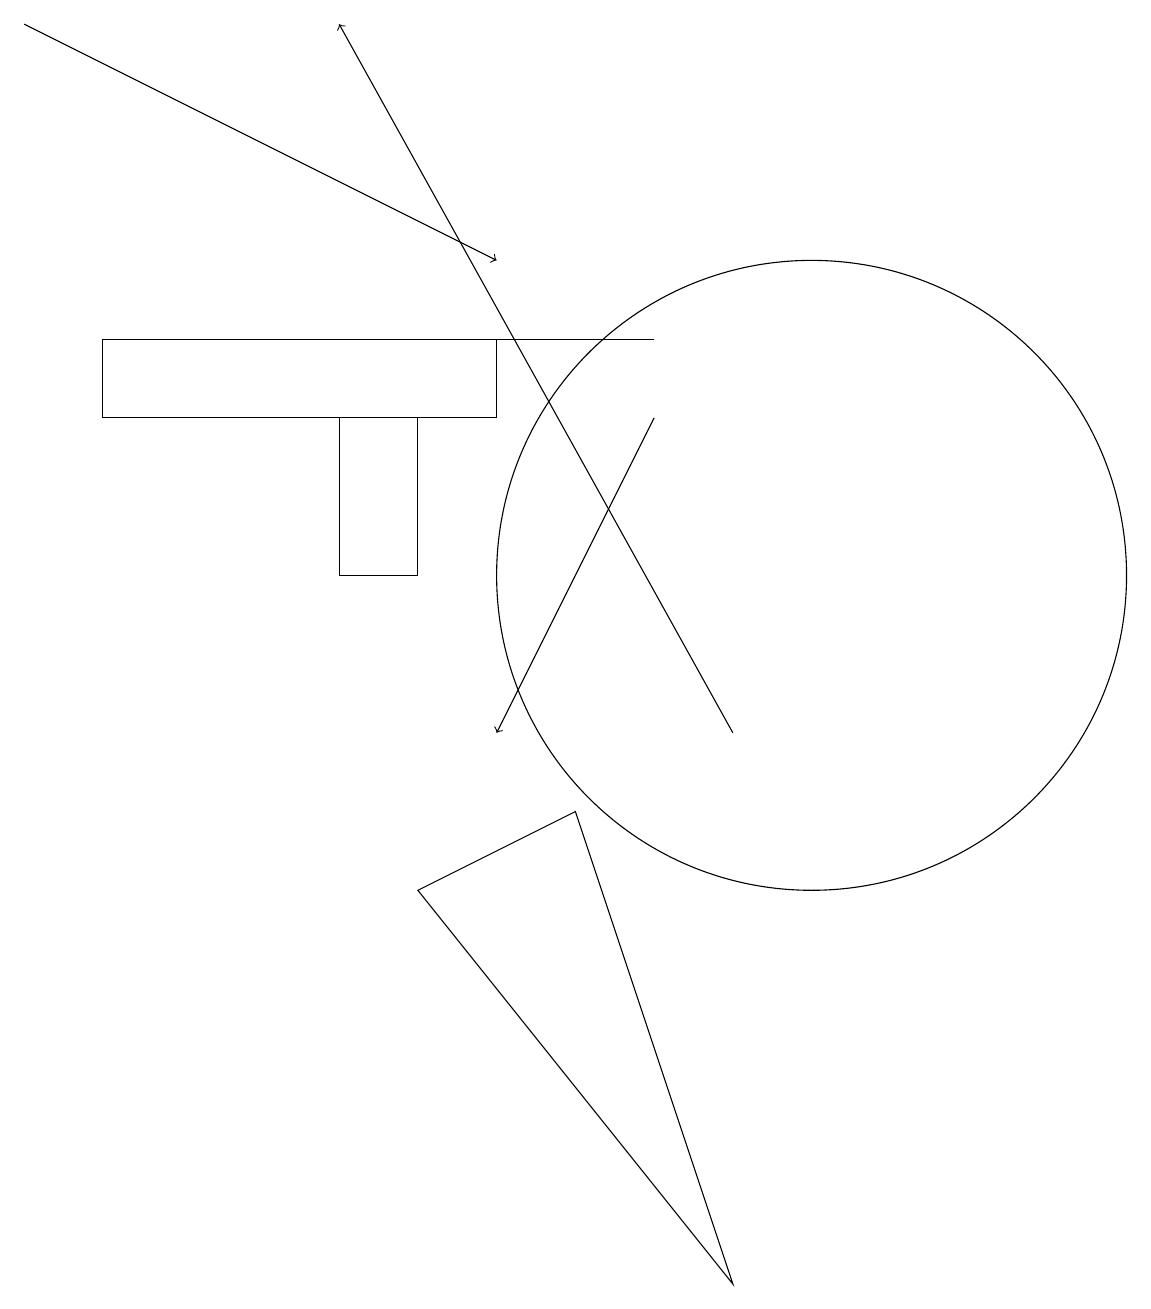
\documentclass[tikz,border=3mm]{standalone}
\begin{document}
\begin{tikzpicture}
\draw[->] (8,14) -- (6,10);
\draw (10,12) circle (4);
\draw (8,15) rectangle (2,15);
\draw (9,3) -- (7,9) -- (5,8) -- cycle;
\draw[->] (0,19) -- (6,16);
\draw (1,14) rectangle (6,15);
\draw[->] (9,10) -- (4,19);
\draw (5,12) rectangle (4,14);
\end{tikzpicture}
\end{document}